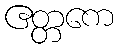
ဧတ္တကေ